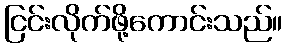
ငြင်းလိုက်ဖို့ကောင်းသည်။